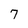
Character: 7